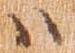
ハ